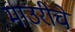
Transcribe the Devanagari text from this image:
माउरीचे